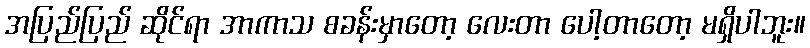
အပြည်ပြည် ဆိုင်ရာ အာကာသ စခန်းမှာတော့ လေးတာ ပေါ့တာတော့ မရှိပါဘူး။